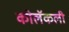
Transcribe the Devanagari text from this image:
कोलॅकली